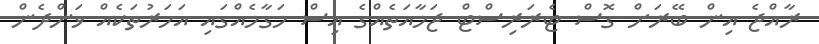
ރާއްޖެ އިން ބޭރަށް ގޮސް ޓެރަރިސްޓް ޖަމާއަތެއްގެ އިސް މަގާމެއްގައި އަހަރުތަކެއް ވަންދެން